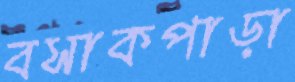
বসাকপাড়া